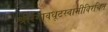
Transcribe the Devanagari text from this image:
श्रीरंगावधूटस्वामीविरचित